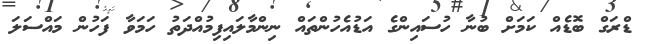
ޑްރަގް ބޮޑެއް ކަމަށް ބުނާ ހުސައިންގެ އަޑުއެހުންތައް ނިންމާލައިފިމުއްދަތު ހަމަވާ ފަހުން މައްސަލަ